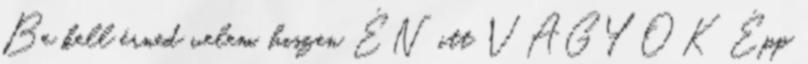
Be kell érned velem, hiszen ÉN itt VAGYOK Épp